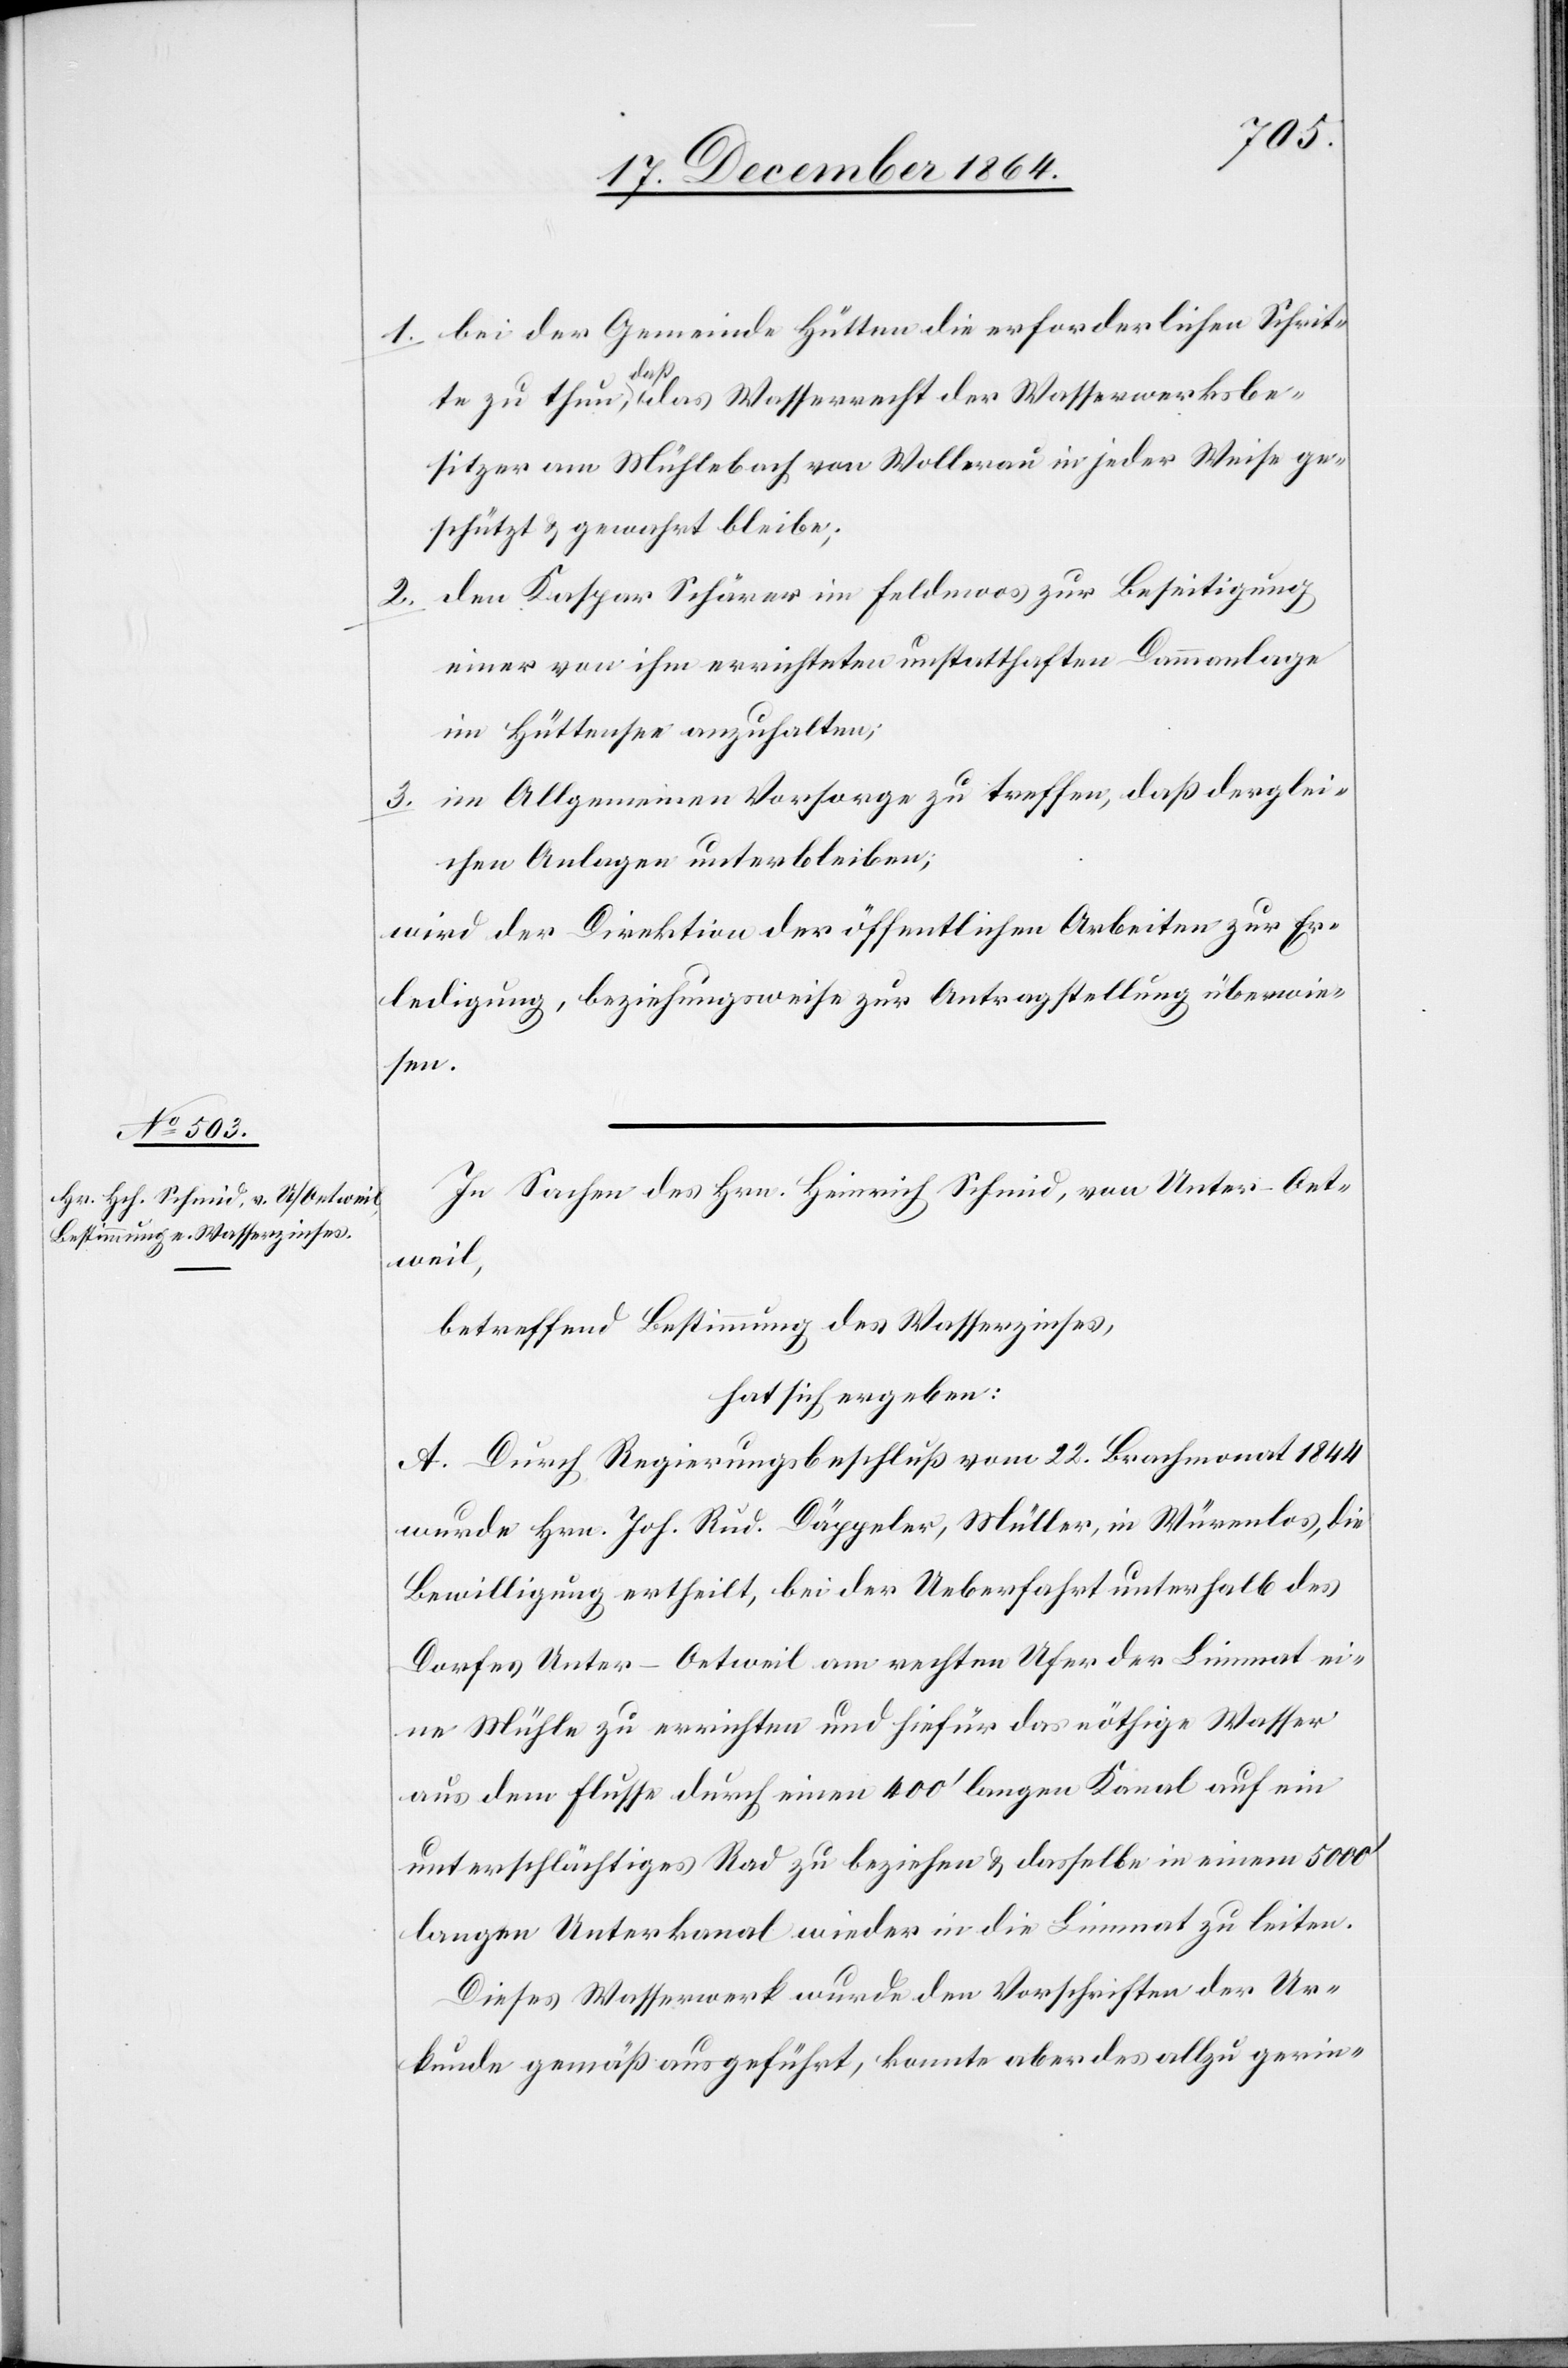
1. bei der Gemeinde Hütten die erforderlichen Schrit¬
te zu thun, daß das Wasserrecht der Wasserwerksbe¬
sitzer am Mühlebach von Wollerau in jeder Weise ge¬
schützt & gewahrt bleibe;
2. den Kaspar Schärer im Feldmoos zur Beseitigung
einer von ihm errichteten unstatthaften Dammanlage
im Hüttensee anzuhalten;
3. im Allgemeinen Vorsorge zu treffen, daß derglei¬
chen Anlagen unterbleiben;
wird der Direktion der öffentlichen Arbeiten zur Er¬
ledigung, beziehungsweise zur Antragstellung überwie¬
sen.
In Sachen des Hrn. Heinrich Schmid, von Unter-Oet¬
weil,
betreffend Bestimmung eine Wasserzinses,
hat sich ergeben:
A. Durch Regierungsbeschluß vom 22. Brachmonat 1844
wurde Hrn. Joh. Rud. Däppeler, Müller, in Würenlos, die
Bewilligung ertheilt, bei der Ueberfahrt unterhalb des
Dorfes Unter-Oetweil am rechten Ufer der Limmat ei¬
ne Mühle zu errichten und hiefür das nöthige Wasser
aus dem Flusse durch einen 400’ langen Kanal auf ein
unterschlächtiges Rad zu beziehen & dasselbe in einem 5000’
langen Unterkanal wieder in die Limmat zu leiten.
Dieses Wasserwerk wurde den Vorschriften der Ur¬
kunde gemäß ausgeführt, konnte aber des allzu gerin-